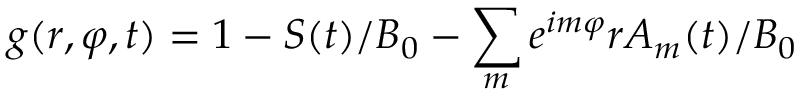
g ( r , \varphi , t ) = 1 - S ( t ) / B _ { 0 } - \sum _ { m } e ^ { i m \varphi } r A _ { m } ( t ) / B _ { 0 }